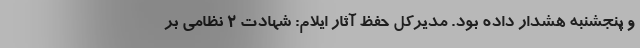
و پنجشنبه هشدار داده بود. مدیرکل حفظ آثار ایلام: شهادت 2 نظامی بر